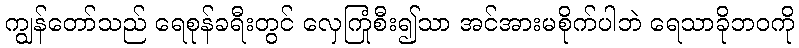
ကျွန်တော်သည် ရေစုန်ခရီးတွင် လှေကြုံစီး၍သာ အင်အားမစိုက်ပါဘဲ ရေသာခိုဘဝကို